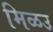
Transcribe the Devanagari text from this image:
मिळउ